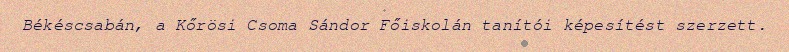
Békéscsabán, a Kőrösi Csoma Sándor Főiskolán tanítói képesítést szerzett.